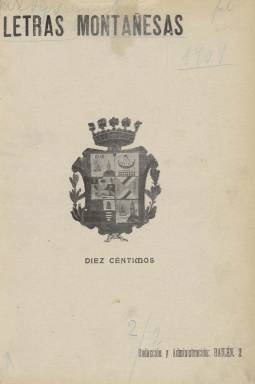
Título: Letras montañesas
Colección: Revistas de información general
Ámbito geográfico: Cantabria
Lugar de publicación: Santander
Fechas: 05/06/1909-03/09/1910

Se trata de la “revista semanal ilustrada” publicada en Santander desde el cinco de junio de 1909 al tres de septiembre de 1910 cuyas páginas van profusamente impregnadas de numerosos fotograbados de actualidad, especialmente concernientes a la capital y provincia cántabras, aunque también insertará otros de actualidad nacional e internacional. Publica crónicas y reportajes de todo tipo de eventos, tanto del campo social o cultural como del político, económico y comercial. Además tiene espacio para la creación literaria, con composiciones poéticas o cuentos, con la publicación de la novela santanderina Paco Moro, de José Montero.

Sus entregas son, generalmente, de doce páginas, compuestas a dos o tres columnas, que salían de la Tipografía El Cantábrico y eran estampadas en papel cuché. Su primeras entregas de 1909 y 1910 van acompañadas también de una cubierta, en cuyo verso aparecen inserciones publicitarias, así como en diez páginas del número 65 y último de la colección. En sus reportajes describeespacios de la ciudad, excursiones, paisajes y monumentos de la provincia, la Estación de Biología Marítima o el veraneo del escritor Benito Pérez Galdós con fotografías acompañado de sus amigos cántabros (número 9).

Además de ofrecer interesantes informaciones gráficas de actualidad, tiene secciones dedicadas a Ciencia amena o Variedades científicas, que firma Adolfo Melón; Historia y biografía montañesas, por B. Rodríguez Parets; Página de la mujer; Deportes, con noticias de fútbol (aún se indica el neologismo foot-ball), tenis o regatas, que firma John Hall; Espectáculos; Información mercantil e industrial; Información extranjera; Crónica madrileña, que escribe Gaston Fay; La musa loca, con composiciones poéticas; De la Terruca, con asuntos montañeses, firmada por Roger Kinsley; así como las secciones Mesa revuelta, con noticias breves, y otra amena, con pasatiempos, adivinanzas o charadas. M. García Rueda firma una crónica semanal.